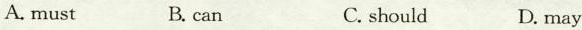
A.must B.can C.should D.may